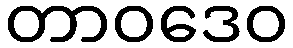
တာဝဒေဝ